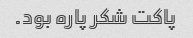
پاکت شکر پاره بود.